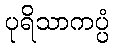
ပုရိသာကပ္ပံ